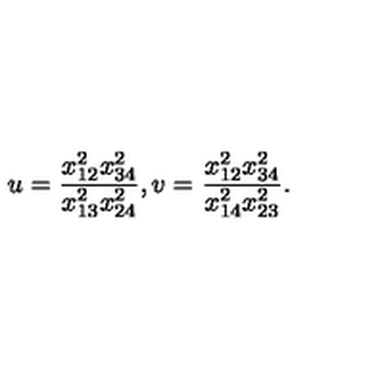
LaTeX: u = \frac { x _ { 1 2 } ^ { 2 } x _ { 3 4 } ^ { 2 } } { x _ { 1 3 } ^ { 2 } x _ { 2 4 } ^ { 2 } } , v = \frac { x _ { 1 2 } ^ { 2 } x _ { 3 4 } ^ { 2 } } { x _ { 1 4 } ^ { 2 } x _ { 2 3 } ^ { 2 } } .